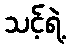
သင့်ရဲ့